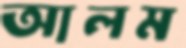
আলম